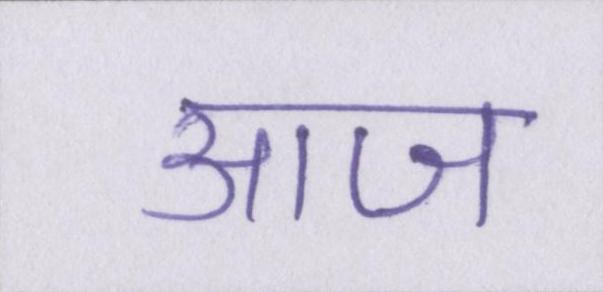
आज